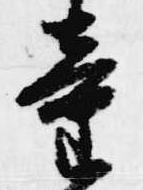
童